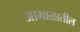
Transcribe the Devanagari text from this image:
आभाळातील